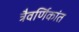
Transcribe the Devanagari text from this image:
त्रैवर्णिकांत